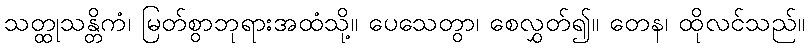
သတ္ထုသန္တိကံ၊ မြတ်စွာဘုရားအထံသို့။ ပေသေတွာ၊ စေလွှတ်၍။ တေန၊ ထိုလင်သည်။